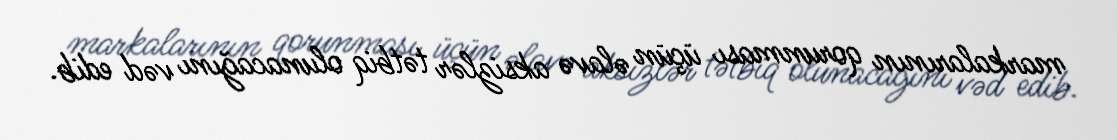
markalarının qorunması üçün əlavə aksizlər tətbiq olunacağını vəd edib.